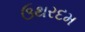
ઉથરદમ